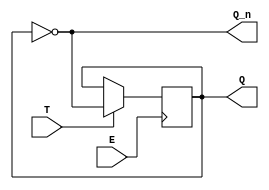
module gated_t_latch (
    input wire T,      // Toggle input
    input wire E,      // Enable input
    output reg Q,      // Output Q
    output wire Q_n    // Complement of Q
);

// Assign the complement of Q
assign Q_n = ~Q;

// Always block to define the behavior of the Gated T Latch
always @(posedge E) begin
    if (T) begin
        // Toggle the output Q when T is high and E is high
        Q <= ~Q;
    end
    // If T is low, Q remains unchanged
end

endmodule